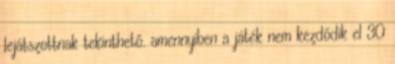
lejátszottnak tekinthető. amennyiben a játék nem kezdődik el 30